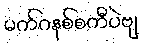
မက်ဂနစ်စကီပဲဗျ